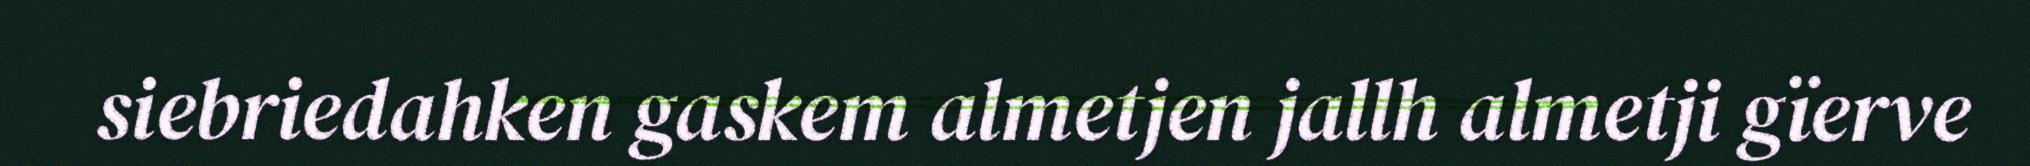
siebriedahken gaskem almetjen jallh almetji gïerve